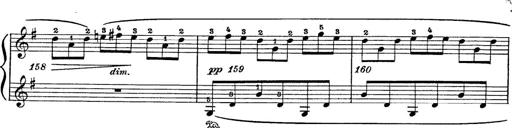
Title: 6 Polish Songs
Composer: Franz Liszt